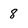
Character: 8